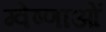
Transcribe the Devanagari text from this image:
ग्वेष्णाओं